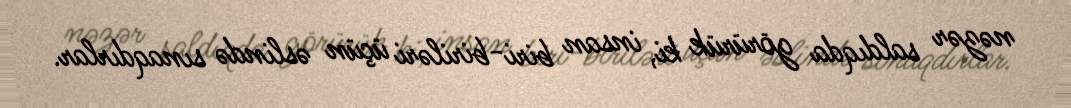
nəzər saldıqda görürük ki, insan biri-biriləri üçün əslində sınaqdırlar.